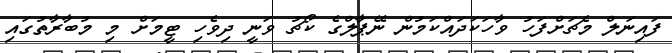
ފައިނަލް މެޗަށްފަހު ވާހަކަދައްކަމުން ނޭޕާލްގެ ކޯޗު ވަނީ ދިވެހި ޓީމަށް މި މުބާރާތުގައި